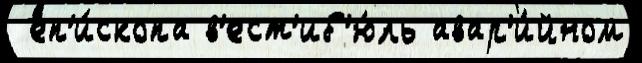
 еп'и́скопа в'ест'иб'ю́ль авар'и́йном